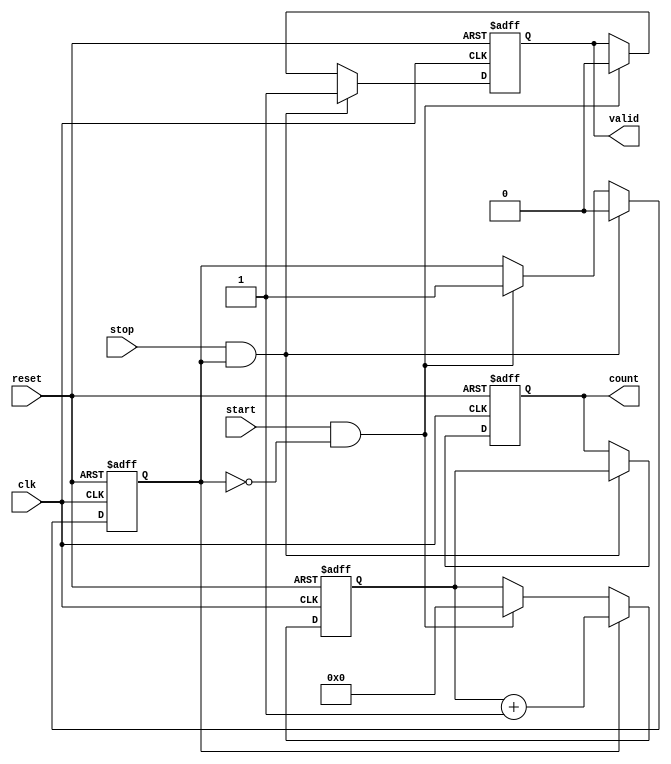
module TDC (
    input wire clk,          // Clock signal
    input wire reset,        // Asynchronous reset
    input wire start,        // Start signal
    input wire stop,         // Stop signal
    output reg [15:0] count, // Measured time interval in clock cycles
    output reg valid         // Valid measurement signal
);

    // State definitions
    reg measuring;           // Indicates if the TDC is currently measuring
    reg [15:0] counter;      // 16-bit counter for clock cycles

    // Memory block to store the count value
    reg [15:0] memory [0:255]; // Memory to store up to 256 measurements
    reg [7:0] mem_addr;       // Memory address for storing measurements
    reg mem_write;            // Signal to write to memory

    // Control logic
    always @(posedge clk or posedge reset) begin
        if (reset) begin
            counter <= 16'b0;
            count <= 16'b0;
            valid <= 1'b0;
            measuring <= 1'b0;
            mem_addr <= 8'b0;
            mem_write <= 1'b0;
        end else begin
            // Start measuring
            if (start && !measuring) begin
                measuring <= 1'b1;
                counter <= 16'b0; // Reset counter
                valid <= 1'b0;    // Invalidate previous measurement
            end
            
            // Count clock cycles while measuring
            if (measuring) begin
                counter <= counter + 1'b1; // Increment counter
            end
            
            // Stop measuring
            if (stop && measuring) begin
                measuring <= 1'b0; // Stop measuring
                count <= counter;  // Capture the count value
                valid <= 1'b1;     // Indicate valid measurement
                mem_write <= 1'b1; // Signal to write to memory
            end
            
            // Write to memory if valid measurement
            if (mem_write) begin
                memory[mem_addr] <= count; // Store the count in memory
                mem_addr <= mem_addr + 1'b1; // Increment memory address
                mem_write <= 1'b0; // Reset write signal
            end
        end
    end

endmodule